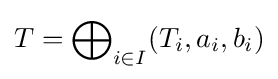
T=\bigoplus \nolimits _{i\in I}(T_{i},a_{i},b_{i})